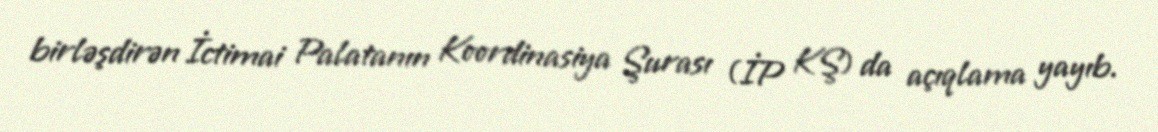
birləşdirən İctimai Palatanın Koordinasiya Şurası (İP KŞ) da açıqlama yayıb.